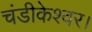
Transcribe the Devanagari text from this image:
चंडीकेश्वर।